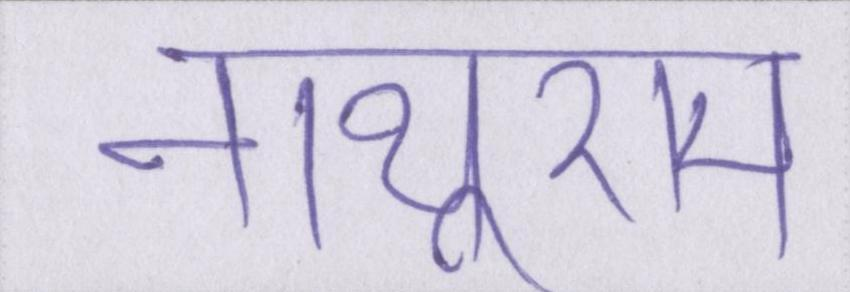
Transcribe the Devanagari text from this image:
नाथूराम